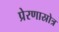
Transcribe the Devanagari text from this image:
प्रेरणास्रोत्र